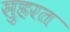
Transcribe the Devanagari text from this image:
स़ुहरत